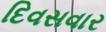
દિવસવાર